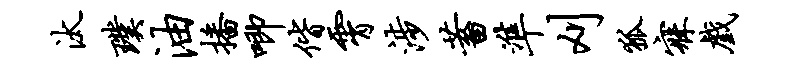
汰璞油播唧偕霄涉蓄准刈狐寐戏